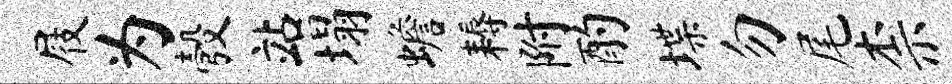
屐为彀站塌蟾耨附酌堞勿尾柰